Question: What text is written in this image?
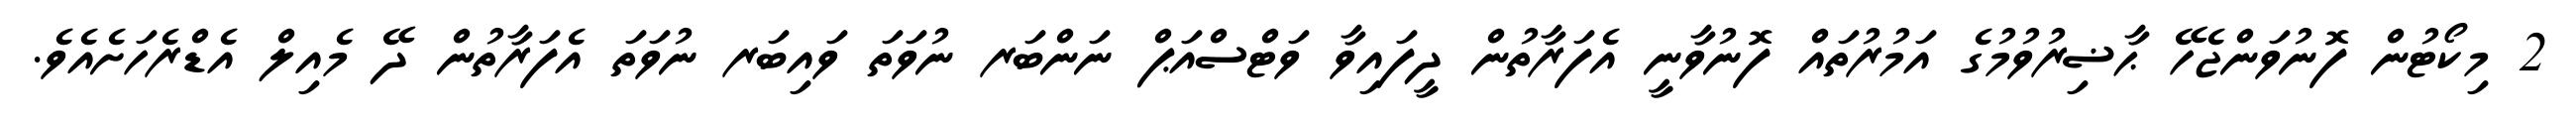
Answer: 2 މިކޯޓުން ފޮނުވަންޖެހޭ ޙާޟިރުވުމުގެ އަމުރުތައް ފޮނުވާނީ އެފަރާތުން ދީފައިވާ ވަޓްސްއަޕް ނަންބަރ ނުވަތަ ވައިބަރ ނުވަތަ އެފަރާތުން ދޭ މެއިލް އެޑްރެހަށެއެވެ.